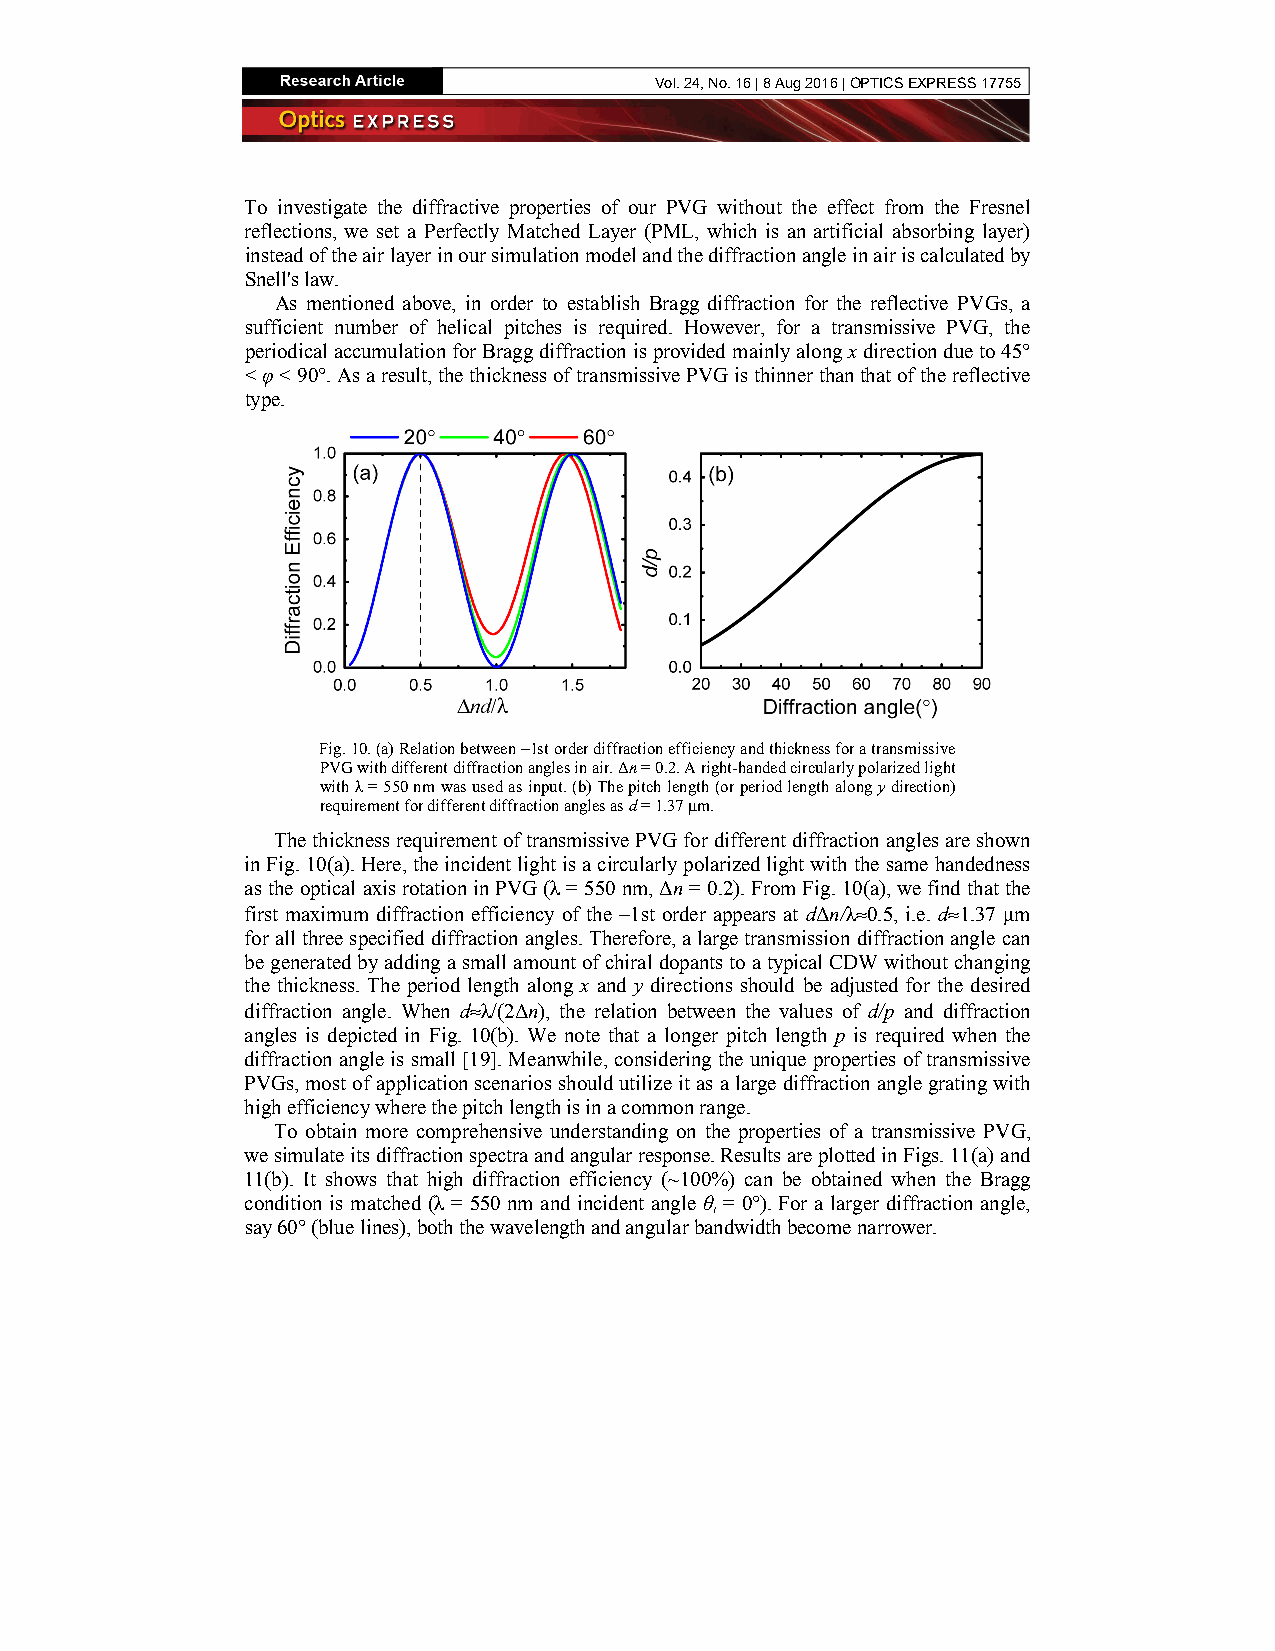
Vol. 24, No. 16 | 8 Aug 2016 | OPTICS EXPRESS 17755
 To investigate the diffractive properties of our PVG without the effect from the Fresnel
 reflections, we set a Perfectly Matched Layer (PML, which is an artificial absorbing layer)
 instead of the air layer in our simulation model and the diffraction angle in air is calculated by
 Snell's law.
 As mentioned above, in order to establish Bragg diffraction for the reflective PVGs, a
 sufficient number of helical pitches is required. However, for a transmissive PVG, the
 periodical accumulation for Bragg diffraction is provided mainly along x direction due to 45°
 < φ < 90°. As a result, the thickness of transmissive PVG is thinner than that of the reflective
 type.
 Fig. 10. (a) Relation between −1st order diffraction efficiency and thickness for a transmissive
 PVG with different diffraction angles in air. Δn = 0.2. A right-handed circularly polarized light
 with λ = 550 nm was used as input. (b) The pitch length (or period length along y direction)
 requirement for different diffraction angles as d = 1.37 μm.
 The thickness requirement of transmissive PVG for different diffraction angles are shown
 in Fig. 10(a). Here, the incident light is a circularly polarized light with the same handedness
 as the optical axis rotation in PVG (λ = 550 nm, Δn = 0.2). From Fig. 10(a), we find that the
 first maximum diffraction efficiency of the −1st order appears at dΔn/λ≈0.5, i.e. d≈1.37 μm
 for all three specified diffraction angles. Therefore, a large transmission diffraction angle can
 be generated by adding a small amount of chiral dopants to a typical CDW without changing
 the thickness. The period length along x and y directions should be adjusted for the desired
 diffraction angle. When d≈λ/(2Δn), the relation between the values of d/p and diffraction
 angles is depicted in Fig. 10(b). We note that a longer pitch length p is required when the
 diffraction angle is small [19]. Meanwhile, considering the unique properties of transmissive
 PVGs, most of application scenarios should utilize it as a large diffraction angle grating with
 high efficiency where the pitch length is in a common range.
 To obtain more comprehensive understanding on the properties of a transmissive PVG,
 we simulate its diffraction spectra and angular response. Results are plotted in Figs. 11(a) and
 11(b). It shows that high diffraction efficiency (~100%) can be obtained when the Bragg
 condition is matched (λ = 550 nm and incident angle θ = 0°). For a larger diffraction angle,
 i
 say 60° (blue lines), both the wavelength and angular bandwidth become narrower.